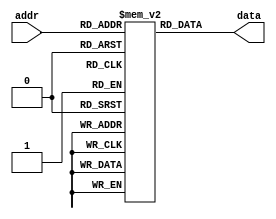
module parameterized_rom #(
    parameter ADDR_WIDTH = 4,  // Number of address bits
    parameter DATA_WIDTH = 8    // Width of data stored
) (
    input  wire [ADDR_WIDTH-1:0] addr,  // Address input
    output reg  [DATA_WIDTH-1:0] data    // Data output
);

    // Memory initialization with predefined values
    reg [DATA_WIDTH-1:0] rom [(2**ADDR_WIDTH)-1:0];

    initial begin
        // Initialize ROM with some values (example values)
        rom[0]  = 8'hAA;  // Address 0
        rom[1]  = 8'hBB;  // Address 1
        rom[2]  = 8'hCC;  // Address 2
        rom[3]  = 8'hDD;  // Address 3
        rom[4]  = 8'hEE;  // Address 4
        rom[5]  = 8'hFF;  // Address 5
        rom[6]  = 8'h00;  // Address 6
        rom[7]  = 8'h11;  // Address 7
        // Add more initialization as needed
    end

    // Behavioral access to the ROM
    always @(*) begin
        data = rom[addr];  // Output the data corresponding to the address
    end

endmodule